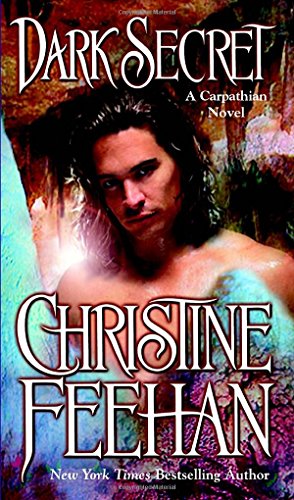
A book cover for Dark Secret (The Carpathians (Dark) Series, Book 12); Christine Feehan; Romance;